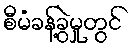
စီမံခန့်ခွဲမှုတွင်